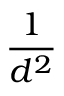
\frac { 1 } { d ^ { 2 } }